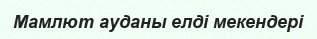
Мамлют ауданы елді мекендері